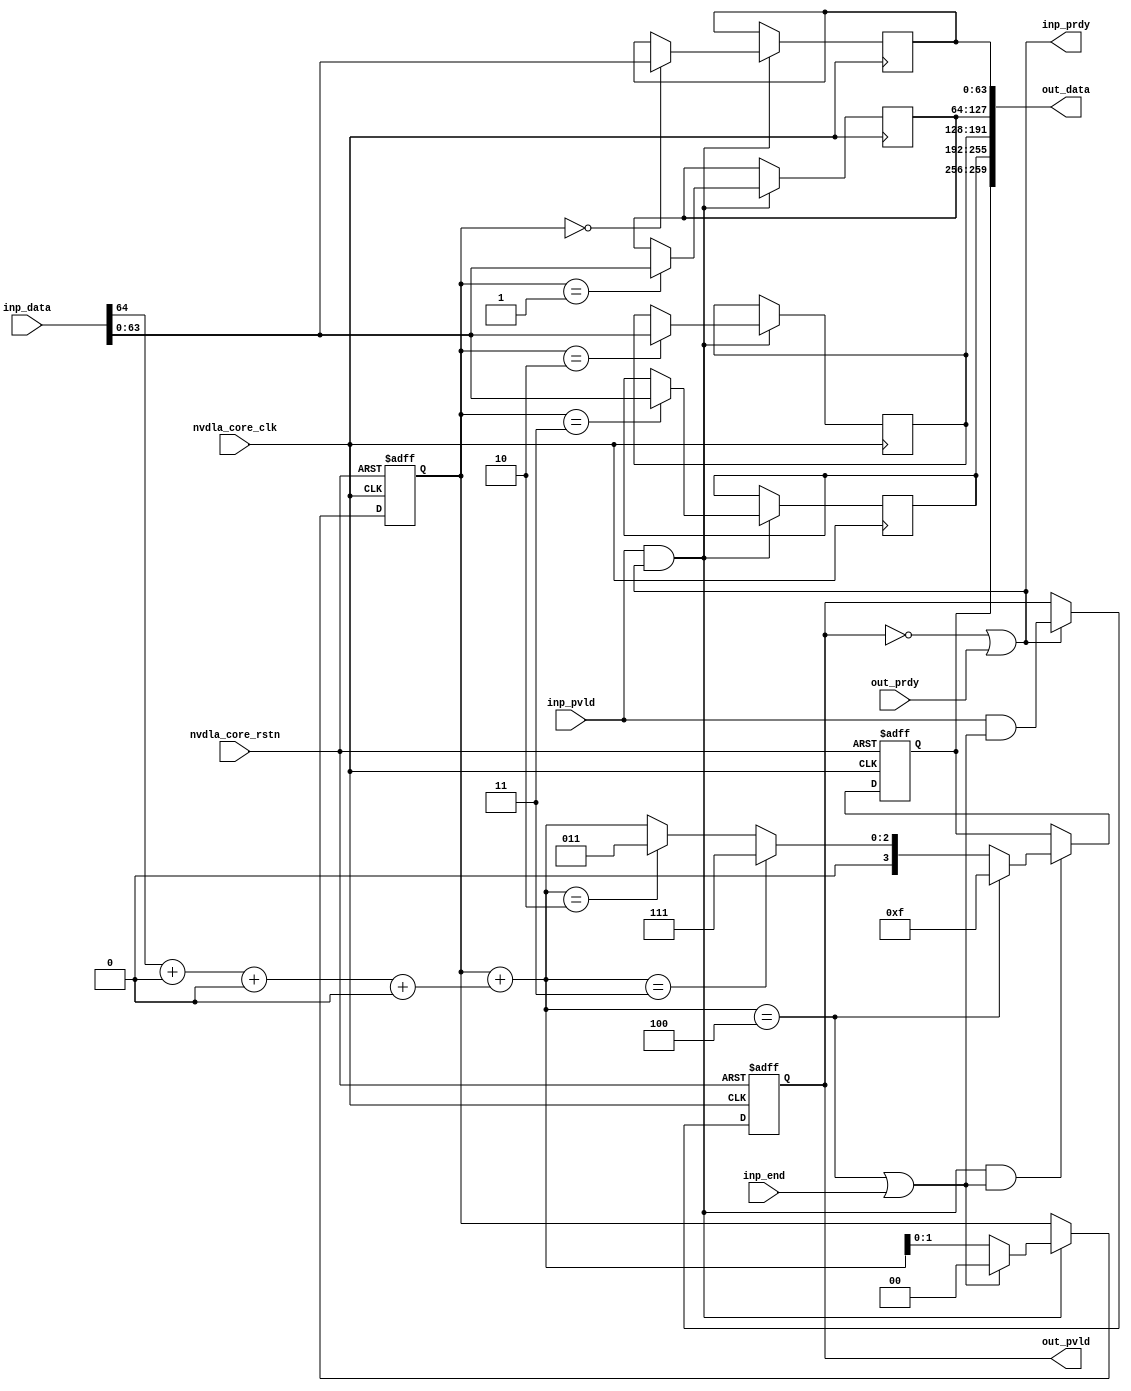
// ================================================================
// NVDLA Open Source Project
//
// Copyright(c) 2016 - 2017 NVIDIA Corporation. Licensed under the
// NVDLA Open Hardware License; Check "LICENSE" which comes with
// this distribution for more information.
// ================================================================
// ================================================================
// NVDLA Open Source Project
// 
// Copyright(c) 2016 - 2017 NVIDIA Corporation.  Licensed under the
// NVDLA Open Hardware License; Check "LICENSE" which comes with 
// this distribution for more information.
// ================================================================
module NV_NVDLA_SDP_RDMA_unpack (
   nvdla_core_clk
  ,nvdla_core_rstn
  ,inp_data
  ,inp_pvld
  ,inp_prdy
  ,inp_end
  ,out_pvld
  ,out_data
  ,out_prdy
);
parameter RATIO = 4*8*8/64;
input nvdla_core_clk;
input nvdla_core_rstn;
input inp_end;
input inp_pvld;
output inp_prdy;
input [65 -1:0] inp_data;
output out_pvld;
input out_prdy;
output [4*8*8 +3:0] out_data;
reg [1:0] pack_cnt;
wire [2:0] pack_cnt_nxt;
reg mon_pack_cnt;
reg pack_pvld;
wire pack_prdy;
wire inp_acc;
wire is_pack_last;
reg [3:0] pack_mask;
reg [8*8 -1:0] pack_seq0;
reg [8*8 -1:0] pack_seq1;
reg [8*8 -1:0] pack_seq2;
reg [8*8 -1:0] pack_seq3;
wire [4*8*8 -1:0] pack_total;
assign pack_prdy = out_prdy;
assign out_pvld = pack_pvld;
assign inp_prdy = (!pack_pvld) | pack_prdy ;
always @(posedge nvdla_core_clk or negedge nvdla_core_rstn) begin
  if (!nvdla_core_rstn)
      pack_pvld <= 1'b0;
  else if (inp_prdy)
      pack_pvld <= inp_pvld & is_pack_last;
end
assign inp_acc = inp_pvld & inp_prdy;
wire [3:0] data_mask = {{(4-1){1'b0}},inp_data[65 -1:64]};
wire [1:0] data_size = data_mask[0] + data_mask[1] + data_mask[2] + data_mask[3];
assign pack_cnt_nxt = pack_cnt + data_size;
always @(posedge nvdla_core_clk or negedge nvdla_core_rstn) begin
  if (!nvdla_core_rstn) begin
      {mon_pack_cnt,pack_cnt} <= 3'h0;
  end else begin
    if (inp_acc) begin
        if (is_pack_last) begin
            {mon_pack_cnt,pack_cnt} <= 3'h0;
        end else begin
            {mon_pack_cnt,pack_cnt} <= pack_cnt_nxt;
        end
    end
  end
end
assign is_pack_last = (pack_cnt_nxt == 3'h4) | inp_end;
always @(posedge nvdla_core_clk or negedge nvdla_core_rstn) begin
  if (!nvdla_core_rstn)
     pack_mask <= 4'h0;
  else if (inp_acc & is_pack_last)
     pack_mask <= pack_cnt_nxt == 3'h4 ? 4'hf : pack_cnt_nxt == 3'h3 ? 4'h7 :
                  pack_cnt_nxt == 3'h2 ? 4'h3 : pack_cnt_nxt;
end
generate
if(RATIO == 1) begin
always @(posedge nvdla_core_clk) begin
  if (inp_acc) {pack_seq3,pack_seq2,pack_seq1,pack_seq0} <= inp_data[4*8*8 -1:0];
end
end
else if(RATIO == 2) begin
always @(posedge nvdla_core_clk) begin
  if (inp_acc) begin
    if (pack_cnt==3'h0) {pack_seq1,pack_seq0} <= inp_data[2*8*8 -1:0];
    if (pack_cnt==3'h2) {pack_seq3,pack_seq2} <= inp_data[2*8*8 -1:0];
  end
end
end
else if(RATIO == 4) begin
always @(posedge nvdla_core_clk) begin
  if (inp_acc) begin
    if (pack_cnt==3'h0) pack_seq0 <= inp_data[8*8 -1:0];
    if (pack_cnt==3'h1) pack_seq1 <= inp_data[8*8 -1:0];
    if (pack_cnt==3'h2) pack_seq2 <= inp_data[8*8 -1:0];
    if (pack_cnt==3'h3) pack_seq3 <= inp_data[8*8 -1:0];
  end
end
end
endgenerate
assign pack_total = {pack_seq3,pack_seq2,pack_seq1,pack_seq0};
assign out_data = {pack_mask[3:0],pack_total[4*8*8 -1:0]};
endmodule // NV_NVDLA_SDP_RDMA_unpack